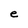
Character: e